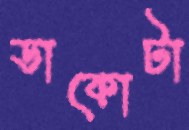
ডাকোটা